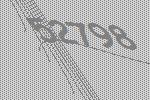
52798